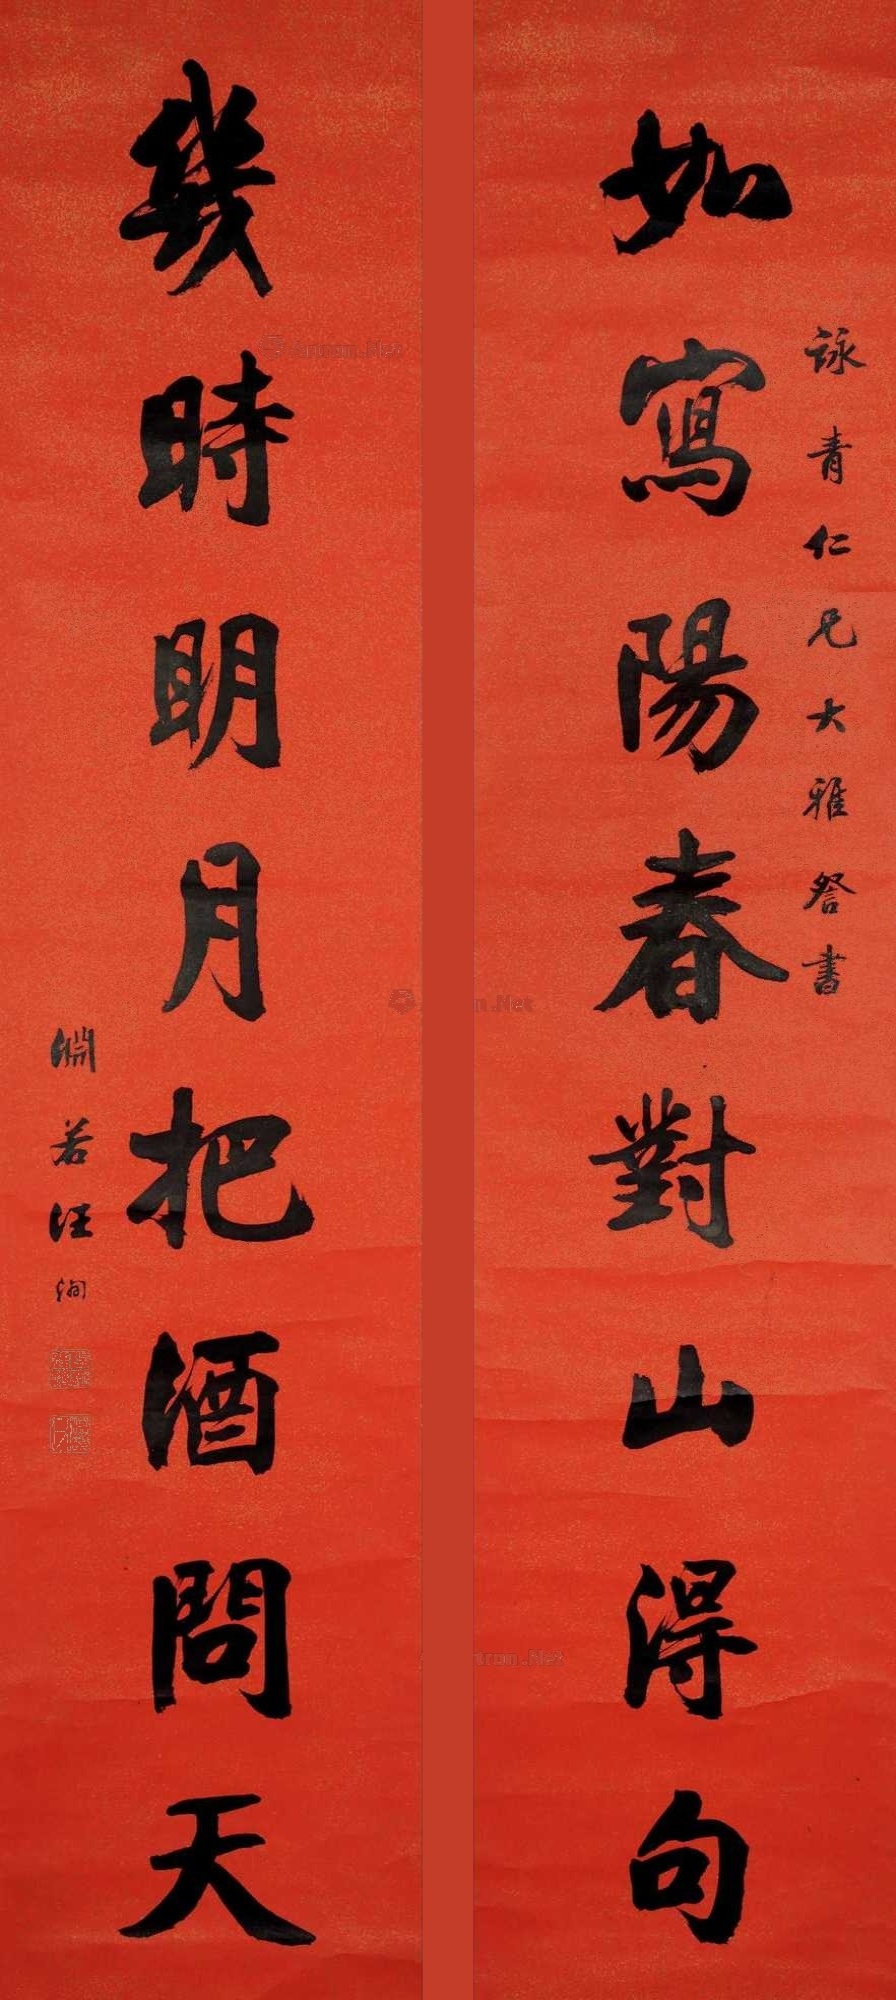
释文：如写阳春对山得句，几时明月把酒问天。泳青仁兄大雅詧书，渊若汪洵。